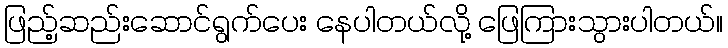
ဖြည့်ဆည်းဆောင်ရွက်ပေး နေပါတယ်လို့ ဖြေကြားသွားပါတယ်။